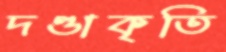
দণ্ডাকৃতি